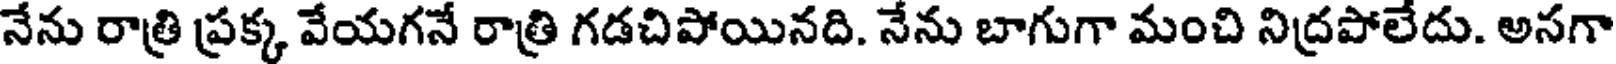
నేను రాత్రి ప్రక్క వేయగనే రాత్రి గడచిపోయినది. నేను బాగుగా మంచి నిద్రపోలేదు. అనగా